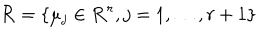
{ \cal R } = \{ \mu _ { j } \in { \bf R } ^ { r } , j = 1 , \ldots , r + 1 \}